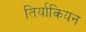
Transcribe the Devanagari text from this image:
तिर्याकियन